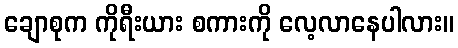
ချောစုက ကိုရီးယား စကားကို လေ့လာနေပါလား။